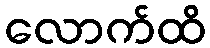
လောက်ထိ